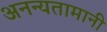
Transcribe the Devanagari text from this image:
अनन्यतामानी